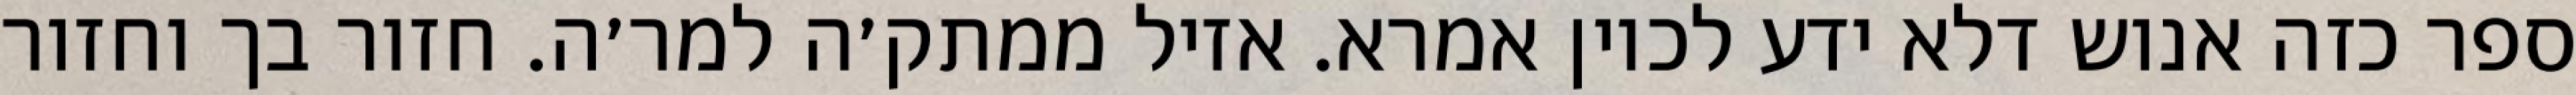
ספר כזה אנוש דלא ידע לכוין אמרא. אזיל ממתק׳ה למר׳ה. חזור בך וחזור